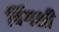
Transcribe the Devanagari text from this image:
चिंगशी